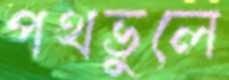
পথভুলে